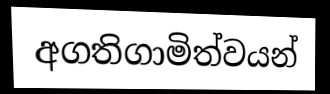
අගතිගාමිත්වයන්